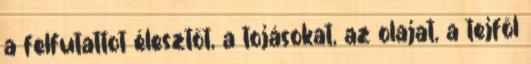
a felfutattot élesztőt, a tojásokat, az olajat, a tejföl